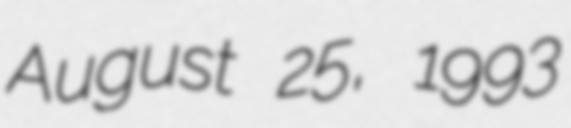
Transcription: August 25, 1993